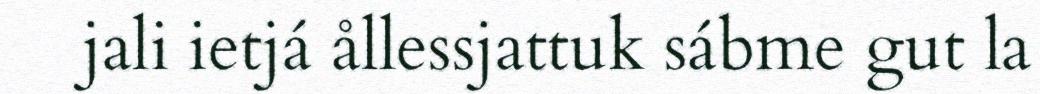
jali ietjá ållessjattuk sábme gut la